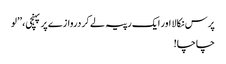
پرس نکالا اور ایک رپیہ لے کر دروازے پر پہنچی، ’’لو
چاچا!